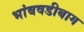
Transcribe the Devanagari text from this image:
भांबवडीबाग